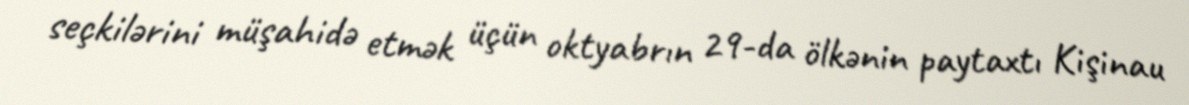
seçkilərini müşahidə etmək üçün oktyabrın 29-da ölkənin paytaxtı Kişinau